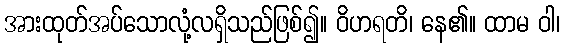
အားထုတ်အပ်သောလုံ့လရှိသည်ဖြစ်၍။ ဝိဟရတိ၊ နေ၏။ ထာမ ဝါ၊